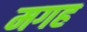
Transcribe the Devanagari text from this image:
मगह